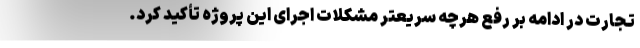
تجارت در ادامه بر رفع هرچه سریعتر مشکلات اجرای این پروژه تأکید کرد.